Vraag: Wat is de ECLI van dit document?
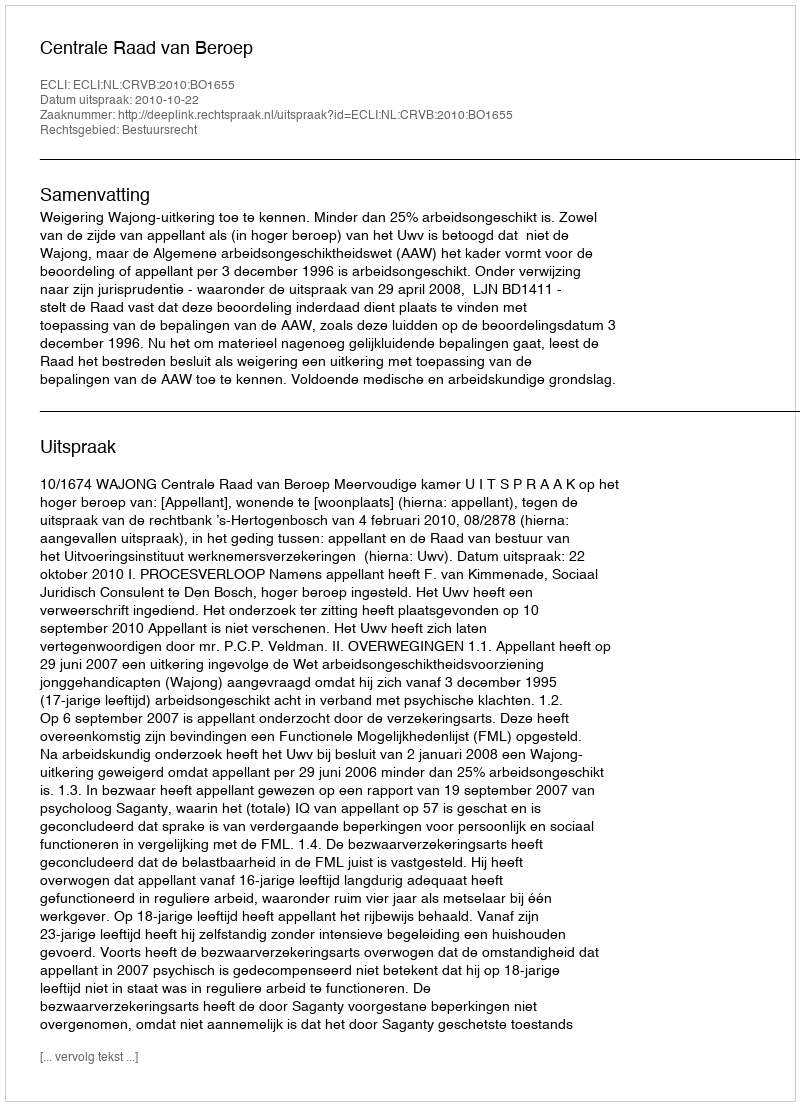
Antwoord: ECLI:NL:CRVB:2010:BO1655